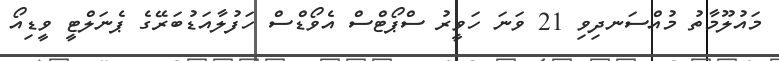
މައުލޫމާތު މުއްސަނދިވި 21 ވަނަ ހަވީރު ސްޕޯޓްސް އެވޯޑްސް ހަފުލާއަޑުބަރޭގެ ޕެނަލްޓީ ވީޑިއޯ